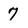
Character: 7